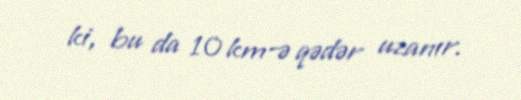
ki, bu da 10 km-ə qədər uzanır.